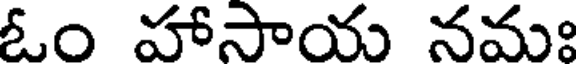
ఓం హాసాయ నమః